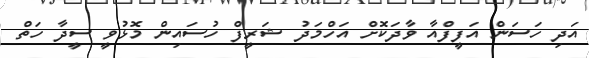
އަދި ހަސަން އަފީފްއާ ވާދަކޮށް އަހްމަދު ޝަރީފް ހުސައިން މޮޅުވީ ސީދާ ހަތް